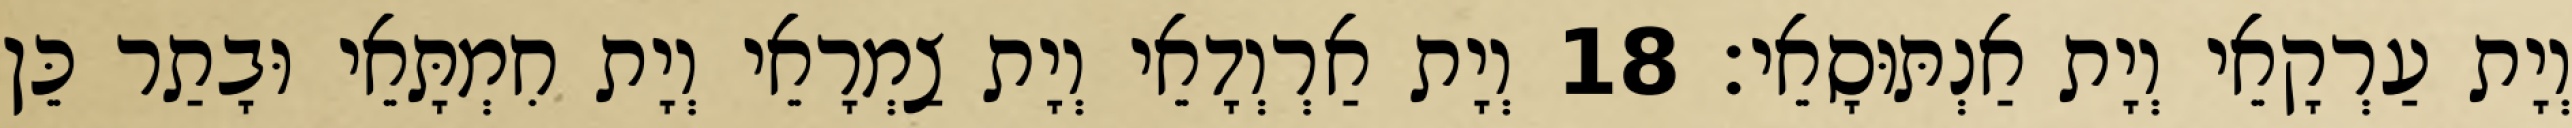
וְיָת עַרְקָאֵי וְיָת אַנְתּוּסָאֵי׃ 18 וְיָת אַרְוְדָאֵי וְיָת צַמְרָאֵי וְיָת חִמְתָּאֵי וּבָתַר כֵּן